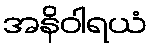
အနိဝါရယံ